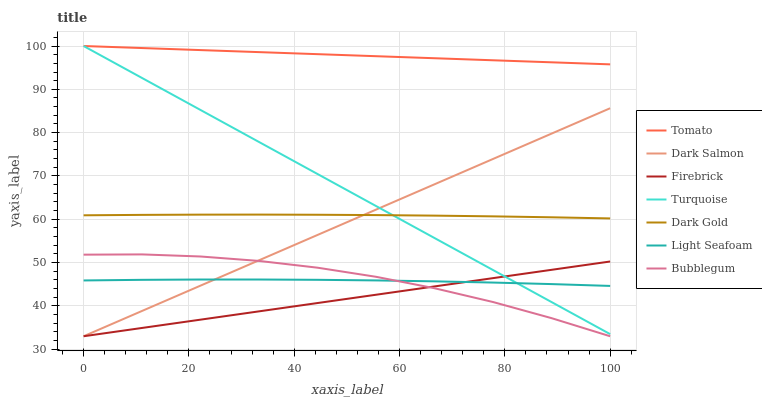
| xaxis_label | Tomato | Dark Salmon | Firebrick | Turquoise | Dark Gold | Light Seafoam | Bubblegum |
 | --- | --- | --- | --- | --- | --- | --- | --- |
 | 0 | 100 | 33 | 33 | 100 | 60.9 | 45.9 | 51.8 |
 | 11.1 | 99.5 | 38.8 | 34.9 | 92.6 | 61 | 46 | 51.9 |
 | 22.2 | 99.1 | 44.7 | 36.8 | 85.2 | 61.1 | 46.1 | 51.4 |
 | 33.3 | 98.6 | 50.5 | 38.8 | 77.8 | 61.1 | 46.1 | 50.4 |
 | 44.4 | 98.1 | 56.4 | 40.7 | 70.4 | 61 | 46 | 48.8 |
 | 55.6 | 97.6 | 62.2 | 42.6 | 63.1 | 61 | 45.9 | 46.7 |
 | 66.7 | 97.2 | 68.1 | 44.5 | 55.7 | 60.8 | 45.7 | 44.1 |
 | 77.8 | 96.7 | 73.9 | 46.4 | 48.3 | 60.7 | 45.4 | 40.9 |
 | 88.9 | 96.2 | 79.8 | 48.3 | 40.9 | 60.5 | 45 | 37.2 |
 | 100 | 95.8 | 85.6 | 50.3 | 33.5 | 60.2 | 44.6 | 33 |